Code of medical and sanitary regulations for the guidance of medical officers serving in the Madras Presidency - Volume I
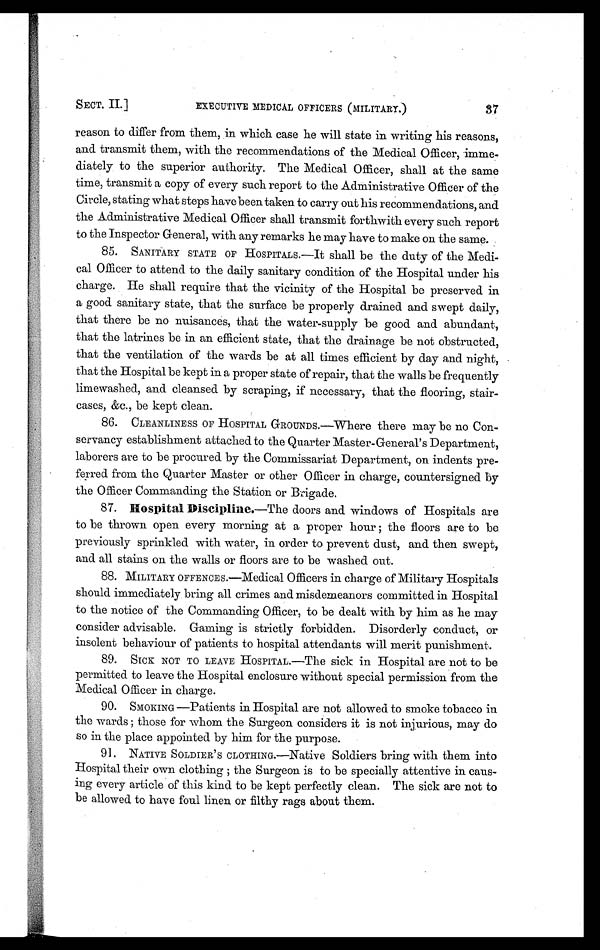
SECT. II.]
EXECUTIVE MEDICAL OFFICERS (MILITARY.)
37
reason to differ from them, in which case he will state in writing his reasons,
and transmit them, with the recommendations of the Medical Officer, imme-
diately to the superior authority. The Medical Officer, shall at the same
time, transmit a copy of every such report to the Administrative Officer of the
Circle, stating what steps have been taken to carry out his recommendations, and
the Administrative Medical Officer shall transmit forthwith every such report
to the Inspector General, with any remarks he may have to make on the same.
85. SANITARY STATE OF HOSPITALS.—It shall be the duty of the Medi-
cal Officer to attend to the daily sanitary condition of the Hospital under his
charge. He shall require that the vicinity of the Hospital be preserved in
a good sanitary state, that the surface be properly drained and swept daily,
that there be no nuisances, that the water-supply be good and abundant,
that the latrines be in an efficient state, that the drainage be not obstructed,
that the ventilation of the wards be at all times efficient by day and night,
that the Hospital be kept in a proper state of repair, that the walls be frequently
limewashed, and cleansed by scraping, if necessary, that the flooring, stair-
cases, &c., be kept clean.
86. CLEANLINESS OF HOSPITAL GROUNDS.—Where there may be no Con-
servancy establishment attached to the Quarter Master-General's Department,
laborers are to be procured by the Commissariat Department, on indents pre-
ferred from the Quarter Master or other Officer in charge, countersigned by
the Officer Commanding the Station or Brigade.
87. Hospital Discipline. —The doors and windows of Hospitals are
to be thrown open every morning at a proper hour ; the floors are to be
previously sprinkled with water, in order to prevent dust, and then swept,
and all stains on the walls or floors are to be washed out.
88.MILITARY OFFENCES.—Medical Officers in charge of Military Hospitals
should immediately bring all crimes and misclemeanors committed in Hospital
to the notice of the Commanding Officer, to be dealt with by him as he may
consider advisable. Gaming is strictly forbidden. Disorderly conduct, or
insolent behaviour of patients to hospital attendants will merit punishment.
89. SICK NOT TO LEAVE HOSPITAL.—The sick in Hospital are not to be
permitted to leave the Hospital enclosure without special permission from the
Medical Officer in charge.
90. SMOKING—Patients in Hospital are not allowed to smoke tobacco in
the wards ; those for whom the Surgeon considers it is not injurious, may do
so in the place appointed by him for the purpose.
91. NATIVE SOLDIER' S C L O T H I N G . — N a t i v e S o l d i e r s b r i n g w i t h t h e m . i n t o
Hospital their own clothing ; the Surgeon is to be specially attentive in cans-
ing every article of this kind to be kept perfectly clean. The sick are not to
be allowed to have foul linen or filthy rags about them.